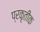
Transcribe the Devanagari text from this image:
प्रकृतीक